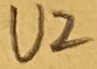
Text: U2